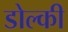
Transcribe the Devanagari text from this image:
डोल्की